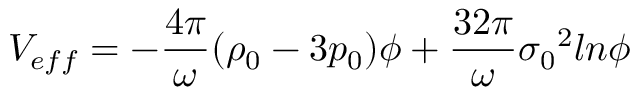
V _ { e f f } = - \frac { 4 { \pi } } { \omega } ( { \rho } _ { 0 } - 3 p _ { 0 } ) { \phi } + \frac { 3 2 { \pi } } { \omega } { { \sigma } _ { 0 } } ^ { 2 } l n { \phi }